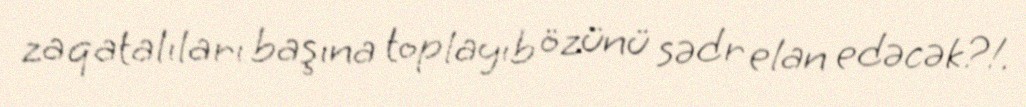
zaqatalıları başına toplayıb özünü sədr elan edəcək?!.